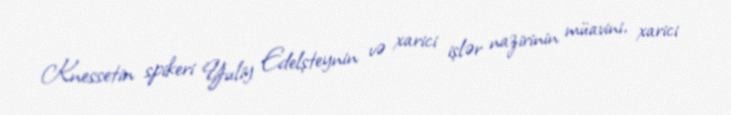
Knessetin spikeri Yuliy Edelşteynin və xarici işlər nazirinin müavini, xarici